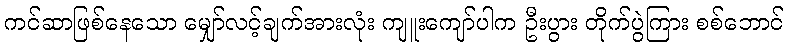
ကင်ဆာဖြစ်နေသော မျှော်လင့်ချက်အားလုံး ကျူးကျော်ပါက ဦးပွား တိုက်ပွဲကြား စစ်ဘောင်